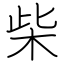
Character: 柴